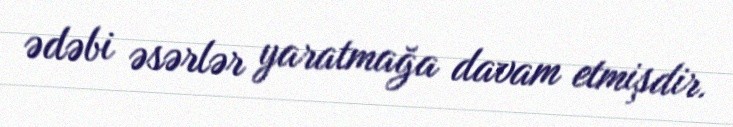
ədəbi əsərlər yaratmağa davam etmişdir.